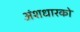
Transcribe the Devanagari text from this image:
अंशधारको